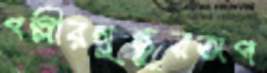
পল্লীরগুন্তুরঅপ